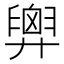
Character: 𢍱